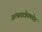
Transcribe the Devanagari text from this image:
अंत्ययात्रेसमवेत